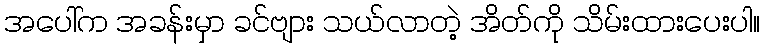
အပေါ်က အခန်းမှာ ခင်ဗျား သယ်လာတဲ့ အိတ်ကို သိမ်းထားပေးပါ။